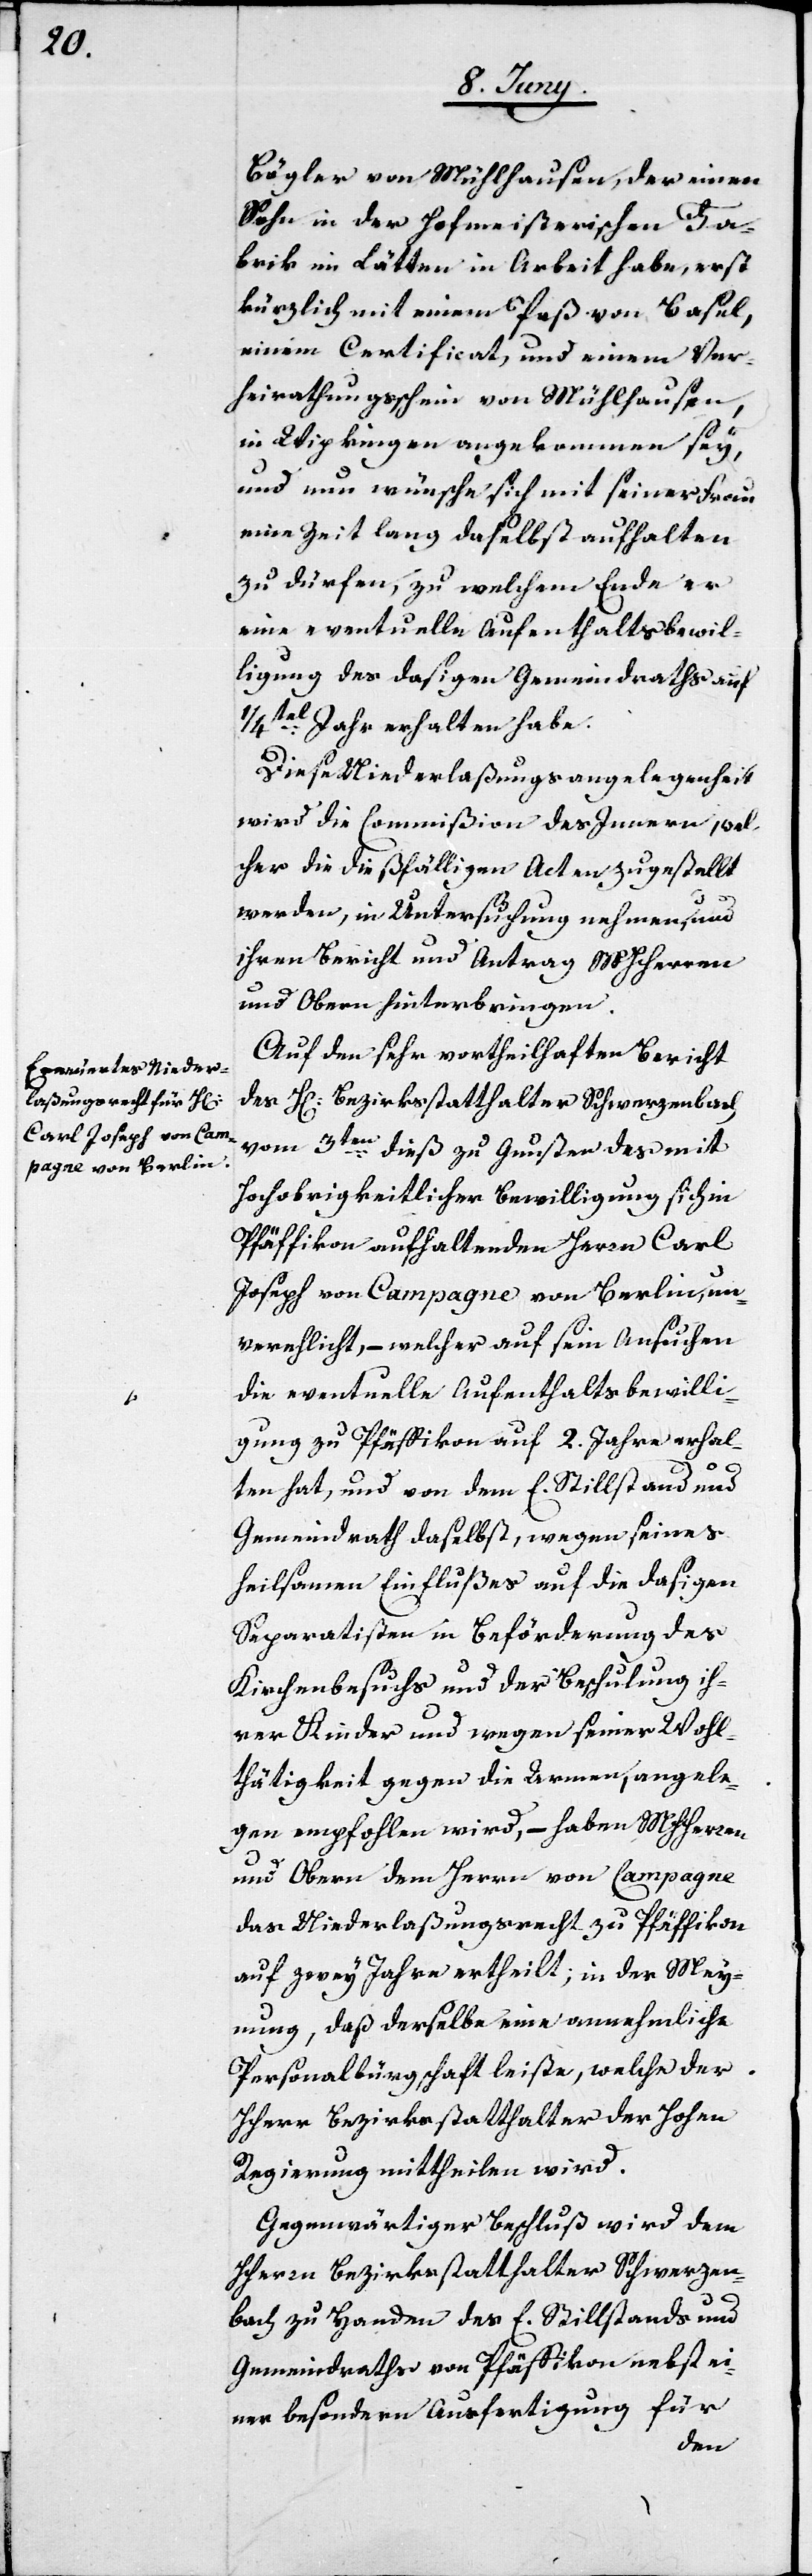
Bögler von Mühlhausen, der einen
Sohn in der Hofmeisterischen Fa¬
brik im Lätten in Arbeit habe, erst
kürzlich mit einem Paß von Basel,
einem Certificat, und einem Ver¬
heirathungsschein von Mühlhausen,
in Wipkingen angekommen sey,
und nun wünsche, sich mit seiner Frau
eine Zeit lang daselbst aufhalten
zu dürfen, zu welchem Ende er
eine eventuelle Aufenthaltsbewil¬
ligung des dasigen Gemeindraths auf
1/4tel Jahr erhalten habe.
Diese Niederlaßungsangelegenheit
wird die Commißion des Innern, wel¬
cher die dießfälligen Acten zugestellt
werden, in Untersuchung nehmen, und
ihren Bericht und Antrag MHHerren
und Obern hinterbringen.
Auf den sehr vortheilhaften Bericht
vom 3ten dieß zu Gunsten des mit
Hochobrigkeitlicher Bewilligung sich in
Pfäffikon aufhaltenden Herrn Carl
Joseph von Campagne von Berlin, un¬
verehlicht, – welcher auf sein Ansuchen
die eventuelle Aufenthaltsbewilli¬
gung zu Pfäffikon auf 2. Jahre erhal¬
bach
ten hat, und von dem E. Stilllstand und
Gemeindrath daselbst, wegen seines
heilsamen Einflußes auf die dasigen
Separatisten in Beförderung des
Kirchenbesuchs und der Beschulung ih¬
rer Kinder und wegen seiner Wohl¬
thätigkeit gegen die Armen, angele¬
gen empfohlen wird, – haben MHHerren
des
und Obern dem Herrn von Campagne
das Niederlaßungsrecht zu Pfäffikon
auf zwey Jahre ertheilt; in der Mey¬
nung, daß derselbe eine annehmliche
Personalbürgschaft leiste, welche der
Herr Bezirksstatthalter der Hohen
Regierung mittheilen wird.
Gegenwärtiger Beschluß wird dem
HHerrn Bezirksstatthalter Schwerzen¬
bach zu Handen des E. Stillstands und
Gemeindraths von Pfäffikon nebst ei¬
ner besondern Ausfertigung für